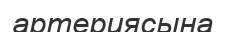
артериясына